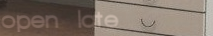
open late